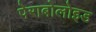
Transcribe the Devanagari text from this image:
पेराबोलोइड